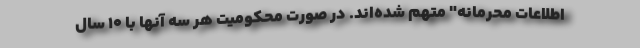
اطلاعات محرمانه" متهم شده‌اند. در صورت محکومیت هر سه آنها با 10 سال